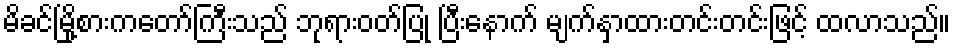
မိခင်မြို့စားကတော်ကြီးသည် ဘုရားဝတ်ပြု ပြီးနောက် မျက်နှာထားတင်းတင်းဖြင့် ထလာသည်။